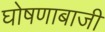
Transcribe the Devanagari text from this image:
घोषणाबाजी